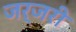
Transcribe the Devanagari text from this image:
जर्जरी